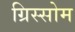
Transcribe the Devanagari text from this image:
ग्रिस्सोम